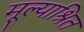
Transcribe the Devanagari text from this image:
मूल्याश्रित